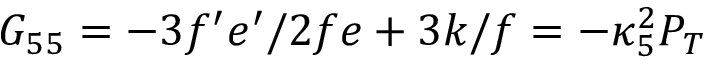
G _ { 5 5 } = - 3 f ^ { \prime } e ^ { \prime } / 2 f e + 3 k / f = - \kappa _ { 5 } ^ { 2 } P _ { T }